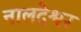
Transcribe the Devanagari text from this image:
नालदेश्वर